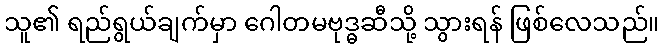
သူ၏ ရည်ရွယ်ချက်မှာ ဂေါတမဗုဒ္ဓဆီသို့ သွားရန် ဖြစ်လေသည်။